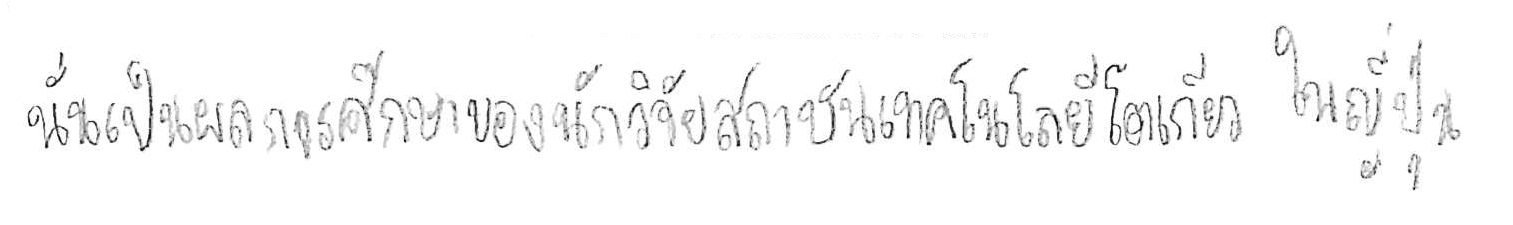
นั่นเป็นผลการศึกษาของนักวิจัยสถาบันเทคโนโลยีโตเกียว ในญี่ปุ่น